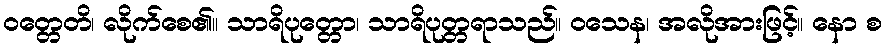
ဝတ္တေတိ၊ လိုက်စေ၏။ သာရိပုတ္တော၊ သာရိပုတ္တရာသည်။ ဝသေန၊ အလိုအားဖြင့်။ နော စ